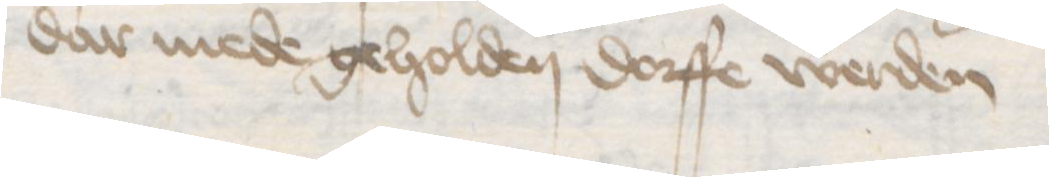
dar mede geholden dorffe werden